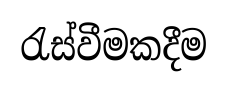
රැස්වීමකදීම